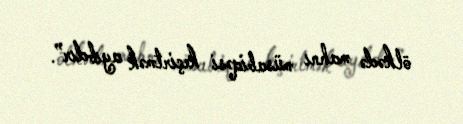
ölkədə mahnı müsabiqəsi keçirtmək ayıbdır”.